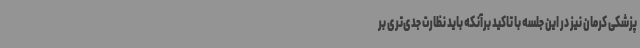
پزشکی کرمان نیز در این جلسه با تاکید برآنکه باید نظارت جدی‌تری بر